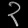
Digit: ၃